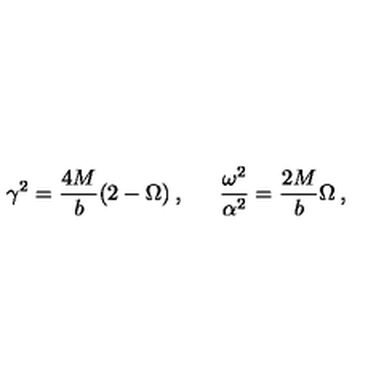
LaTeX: \gamma ^ { 2 } = \frac { 4 M } { b } ( 2 - \Omega ) \: , \: \: \: \: \: \: \: \frac { \omega ^ { 2 } } { \alpha ^ { 2 } } = \frac { 2 M } { b } \Omega \: ,